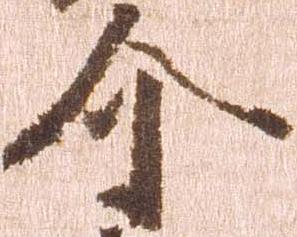
介